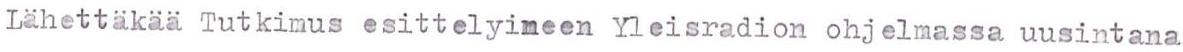
Lähettäkää Tutkimus esittelyineen Yleisradion ohjelmassa uusintana